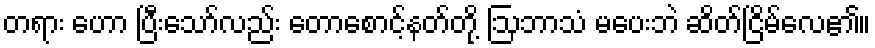
တရား ဟော ပြီးသော်လည်း တောစောင့်နတ်တို့ ဩဘာသံ မပေးဘဲ ဆိတ်ငြိမ်လေ၏။